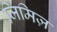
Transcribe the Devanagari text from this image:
जिमिज़